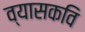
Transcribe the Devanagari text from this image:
व्यासकवि